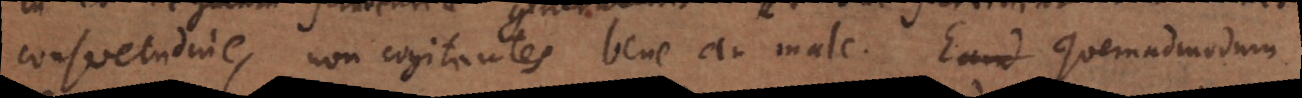
consuetudine, non cogitantes bene an male. Eand Quemadmodum